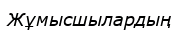
Жұмысшылардың